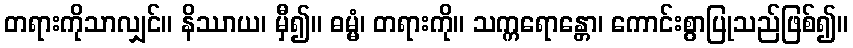
တရားကိုသာလျှင်။ နိဿာယ၊ မှီ၍။ ဓမ္မံ၊ တရားကို။ သက္ကရောန္တော၊ ကောင်းစွာပြုသည်ဖြစ်၍။